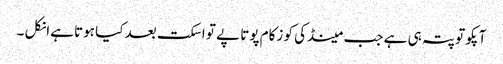
آپکو تو پتہ ہی ہے جب مینڈکی کو زکام پوتا پے تو اسکت بعد کیا ہوتا ہےانکل ۔